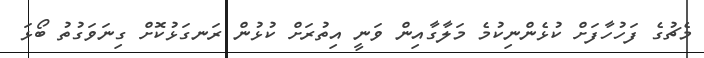
މެޗުގެ ފަހުހާފަށް ކުޅެންނިކުމެ މަލާގާއިން ވަނީ އިތުރަށް ކުޅުން ރަނގަޅުކޮށް ގިނަވަގުތު ބޯޅަ